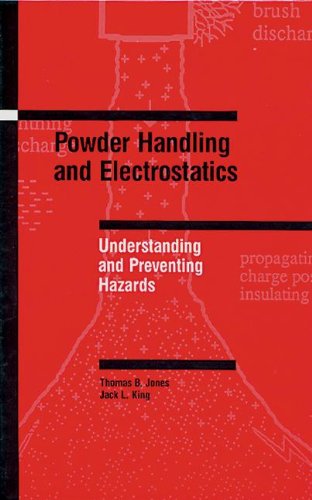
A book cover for Powder Handling and Electrostatics: Understanding and Preventing Hazards; Thomas B. Jones; Science & Math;